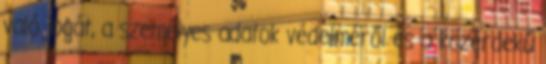
való jogát, a személyes adatok védelméről és a közérdekű